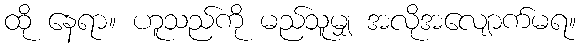
ထို နေရာ။ ဟူသည်ကို မည်သူမျှ အလိုအလျောက်မရ။